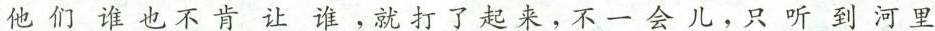
他们谁也不肯让谁，就打了起来，不一会儿，只听到河里